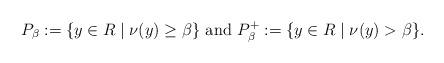
LaTeX: \begin{align*}P_\beta:=\{y\in R\mid\nu(y)\geq \beta\}\mbox{ and }P_\beta^+:=\{y\in R\mid\nu(y)> \beta\}.\end{align*}